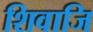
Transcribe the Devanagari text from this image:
शिवाजि